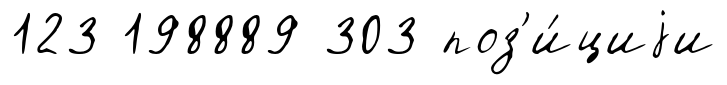
123 198889 303 поз'и́циjи